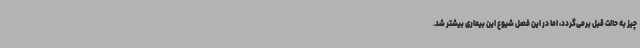
چیز به حالت قبل برمی‌گردد، اما در این فصل شیوع این بیماری بیشتر شد.